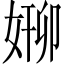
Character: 𫰸